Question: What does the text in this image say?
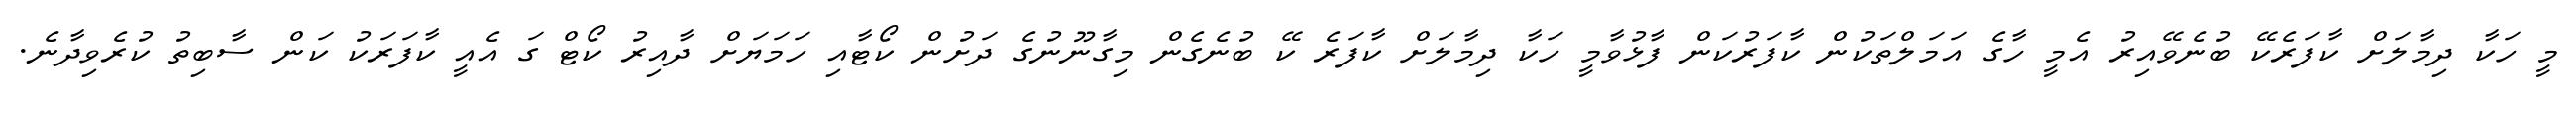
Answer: މީ ހަކާ ދިމާލަށް ކާފަރެކޭ ބުނެވޭއިރު އެމީ ހާގެ އަމަލްތަކުން ކާފަރުކަން ފާޅުވާމީ ހަކާ ދިމާލަށް ކާފަރެ ކޭ ބުނެގެން މިގާނޫނުގެ ދަށުން ކޯޓާއި ހަމަޔަށް ދާއިރު ކޯޓް ގަ އެއީ ކާފަރަކު ކަން ސާބިތު ކުރެވިދާނެ.